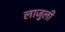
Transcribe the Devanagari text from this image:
लाजुली